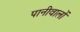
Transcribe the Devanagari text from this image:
पानीवालों